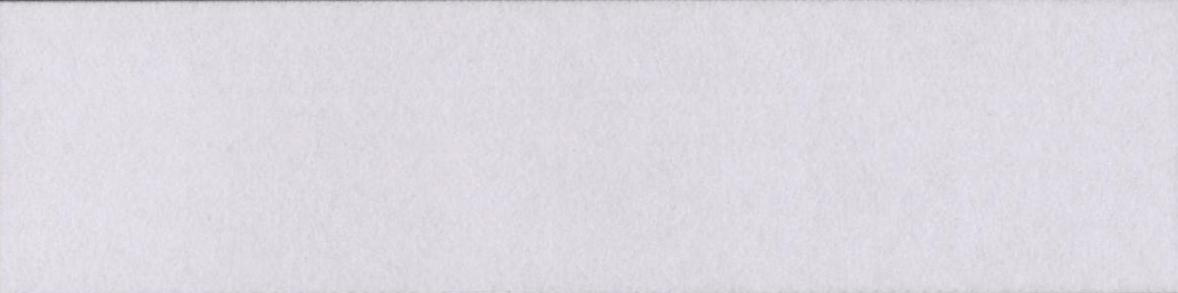
दसूहाब्लॉक